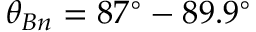
\theta _ { B n } = 8 7 ^ { \circ } - 8 9 . 9 ^ { \circ }